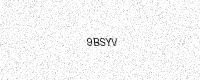
Text: 9BSYV